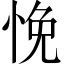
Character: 悗